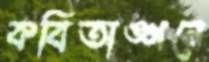
কবিতাঙ্গনে